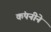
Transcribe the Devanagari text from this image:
कंपनीने